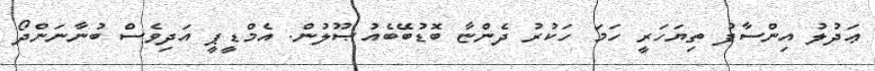
ޢަދުލު އިންސާފު ތިޔަހަރީ ހަމަ ހަކުރު ދެންޏާ ބޮޑުބޭބެއުޞޫލުން. އެމްޑީޕީ އަދިވެސް ބުނާނަންދޯ